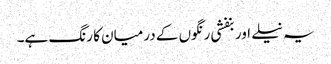
یہ نیلے اور بنفشی رنگوں کے درمیان کا رنگ ہے۔